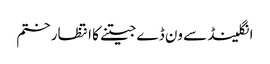
انگلینڈ سے ون ڈے جیتنے کا انتظار ختم